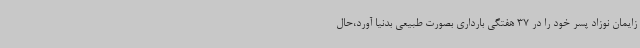
زایمان نوزاد پسر خود را در 37 هفتگی بارداری بصورت طبیعی بدنیا آورد،حال